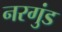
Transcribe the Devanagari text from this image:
नरगुंड